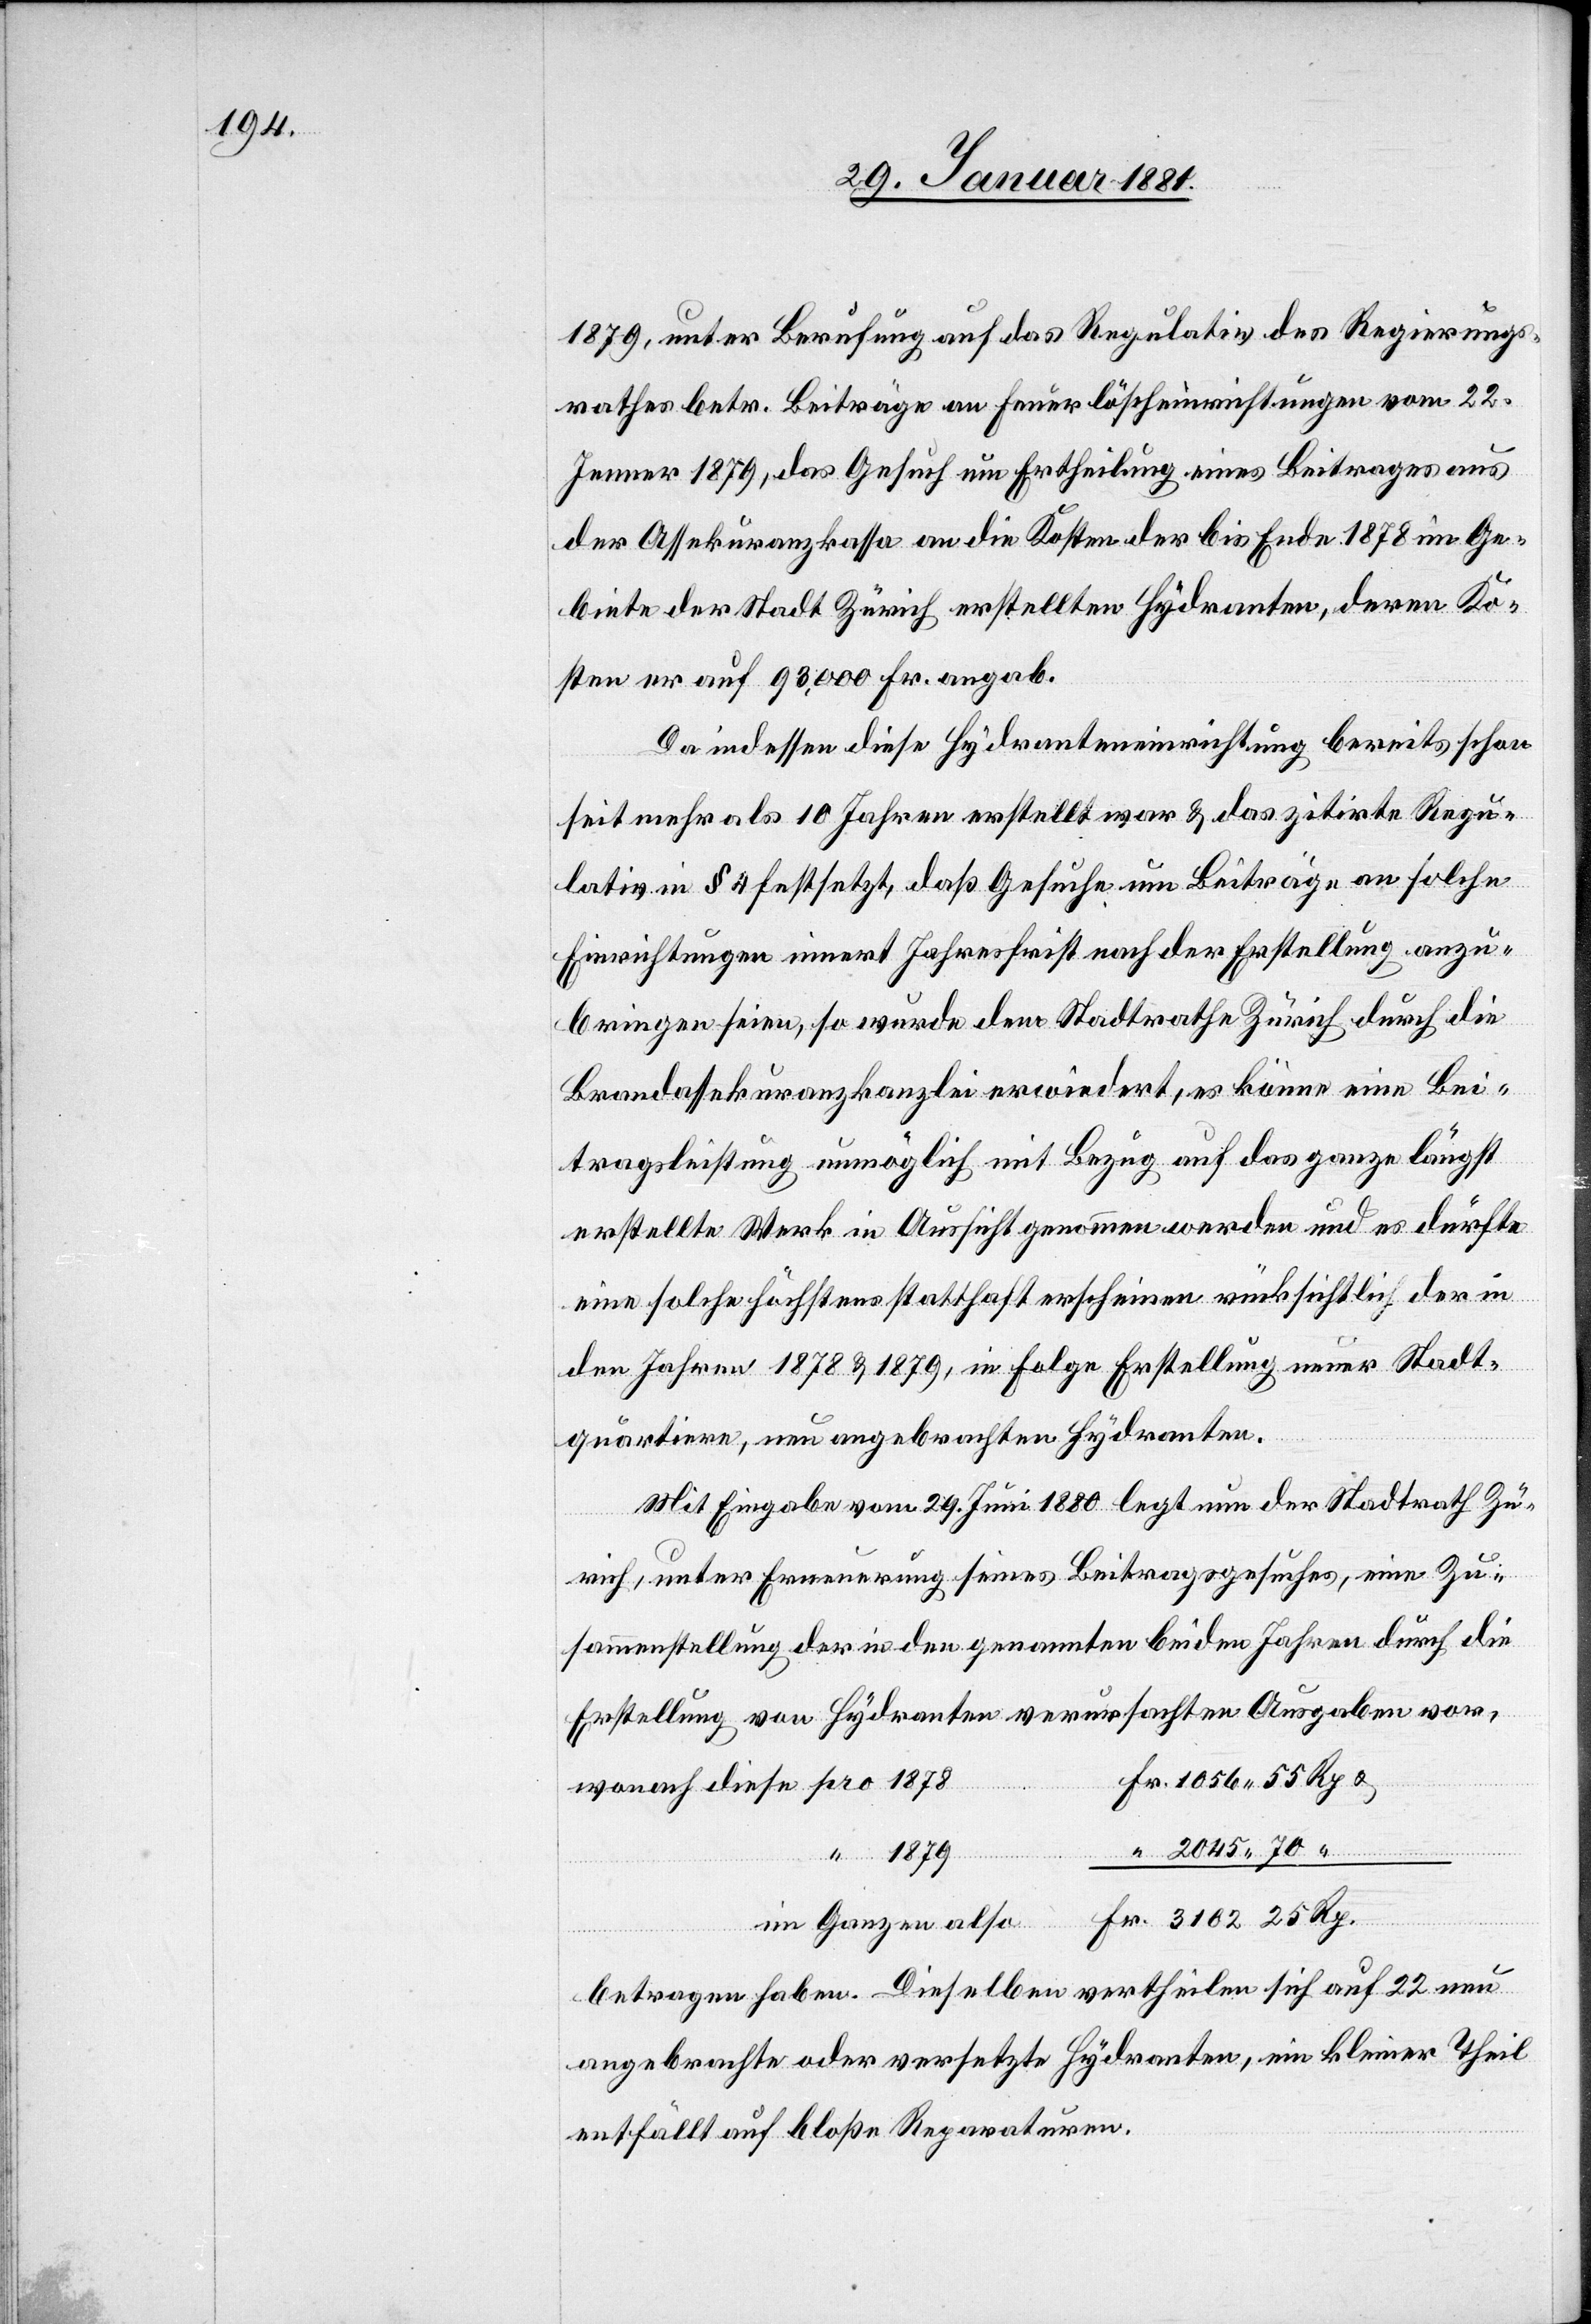
1879, unter Berufung auf das Regulativ des Regierungs¬
rathes betr. Beiträge am Feuerlöscheinrichtungen vom 22.
Jenner 1879, das Gesuch um Ertheilung eines Beitrages aus
der Assekuranzkassa an die Kosten der bis Ende 1878 im Ge¬
biete der Stadt Zürich erstellten Hydranten, deren Ko¬
sten er auf 93,000 Fr. angab.
Da indessen diese Hydranteneinrichtung bereits schon
seit mehr als 10 Jahren erstellt war & das zitirte Regu¬
lativ in § 4 festsetzt, daß Gesuche um Beiträge an solche
Einrichtungen innert Jahresfrist nach der Erstellung anzu¬
bringen seien, so wurde dem Stadtrathe Zürich durch die
Brandassekuranzkanzlei erwiedert, es könne eine Bei¬
tragsleistung unmöglich mit Bezug auf das ganze längst
erstellte Werk in Aussicht genommen werden und es dürfte
eine solche höchstens statthaft erscheinen rücksichtlich der in
den Jahren 1878 & 1879, in Folge Erstellung neuer Stadt¬
quartiere, neu angebrachten Hydranten.
Mit Eingabe vom 29. Juni 1880 legt nun der Stadtrath Zü¬
rich, unter Erneuerung seines Beitragsgesuches, eine Zu¬
sammenstellung der in den genannten beiden Jahren durch die
Erstellung von Hydranten verursachten Ausgaben vor,
1879
“
im Ganzen also
betragen haben. Dieselben vertheilen sich auf 22 neu
angebrachte oder versetzte Hydranten, ein kleiner Theil
entfällt auf bloße Reparaturen.